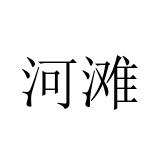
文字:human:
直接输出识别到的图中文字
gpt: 河滩